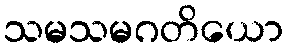
သမသမဂတိယော